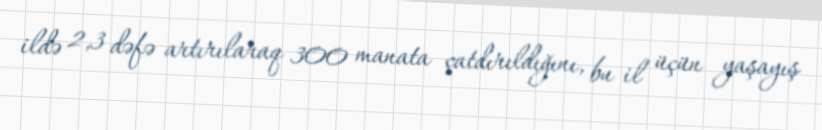
ildə 2,3 dəfə artırılaraq 300 manata çatdırıldığını, bu il üçün yaşayış